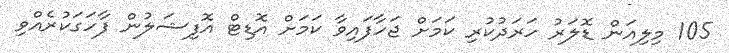
105 މިލިއަން ޑޮލަރު ހަރަދުކުރި ކަމަށް ޖަހާފައިވާ ކަމަށް އޮޑިޓް އޮފިޝަލުން ފާހަގަކުރެއްވި